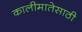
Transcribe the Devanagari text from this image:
कालीमातेसाठी